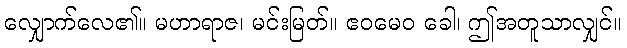
လျှောက်လေ၏။ မဟာရာဇ၊ မင်းမြတ်။ ဧဝမေဝ ခေါ၊ ဤအတူသာလျှင်။